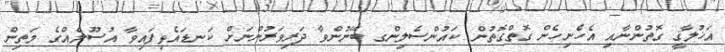
އަޚުލާޤީ ގޮތުންނާއި އެހެނިހެން ގޮތްގޮތުން ކައުންސެލިންގ ބޭނުންވާ ދަރިވަރުންނަށް ކަނޑައެޅިފައިވާ އުސޫލެއްގެ މަތިން